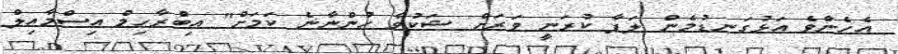
އެހެންވެ އަޅުގަނޑުމެން ލަފާ ކުރަނީ ވަރަށް ޝަކުވާ ހުންނާނެ ކަމަށް" އިބްރާހިމް އިސްމާއިލް